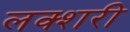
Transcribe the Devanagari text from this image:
लक्शरी